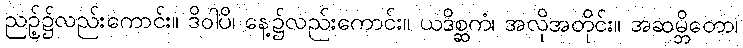
ညဉ့်၌လည်းကောင်း။ ဒိဝါပိ၊ နေ့၌လည်းကောင်း။ ယဒိစ္ဆကံ၊ အလိုအတိုင်း။ အဆမ္ဘိတော၊